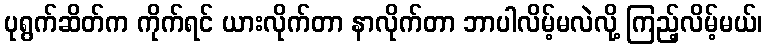
ပုရွက်ဆိတ်က ကိုက်ရင် ယားလိုက်တာ နာလိုက်တာ ဘာပါလိမ့်မလဲလို့ ကြည့်လိမ့်မယ်၊